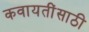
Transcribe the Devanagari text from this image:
कवायतींसाठी